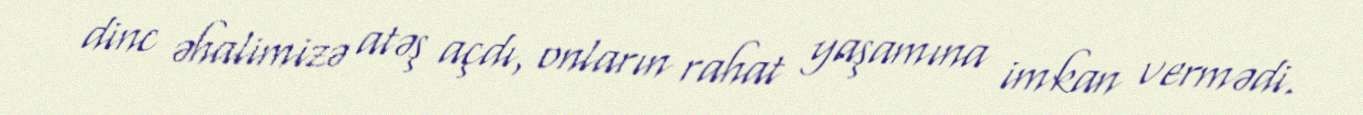
dinc əhalimizə atəş açdı, onların rahat yaşamına imkan vermədi.